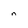
Character: n